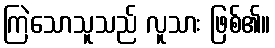
ကြဲသောသူသည် လူသား ဖြစ်၏။